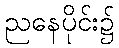
ညနေပိုင်း၌